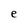
Character: e